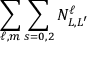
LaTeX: \sum _ { \ell , m } \sum _ { s = 0 , 2 } N _ { L , L ^ { \prime } } ^ { \ell }